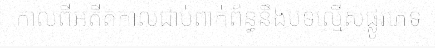
កាលពីអតីតកាលជាប់ពាក់ព័ន្ធនឹងបទល្មើសផ្លូវភេទ